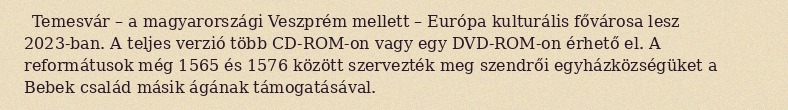
Temesvár – a magyarországi Veszprém mellett – Európa kulturális fővárosa lesz 2023-ban. A teljes verzió több CD-ROM-on vagy egy DVD-ROM-on érhető el. A reformátusok még 1565 és 1576 között szervezték meg szendrői egyházközségüket a Bebek család másik ágának támogatásával.